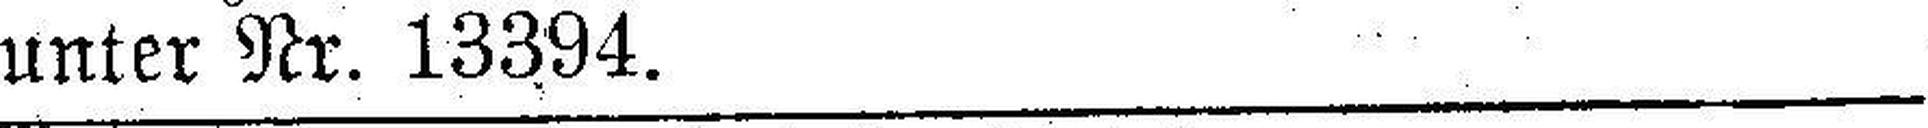
unter Nr. 13394.